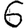
Digit: 6